Distribution and causation of leprosy in British India
Year: 1875
Disease focus: Leprosy
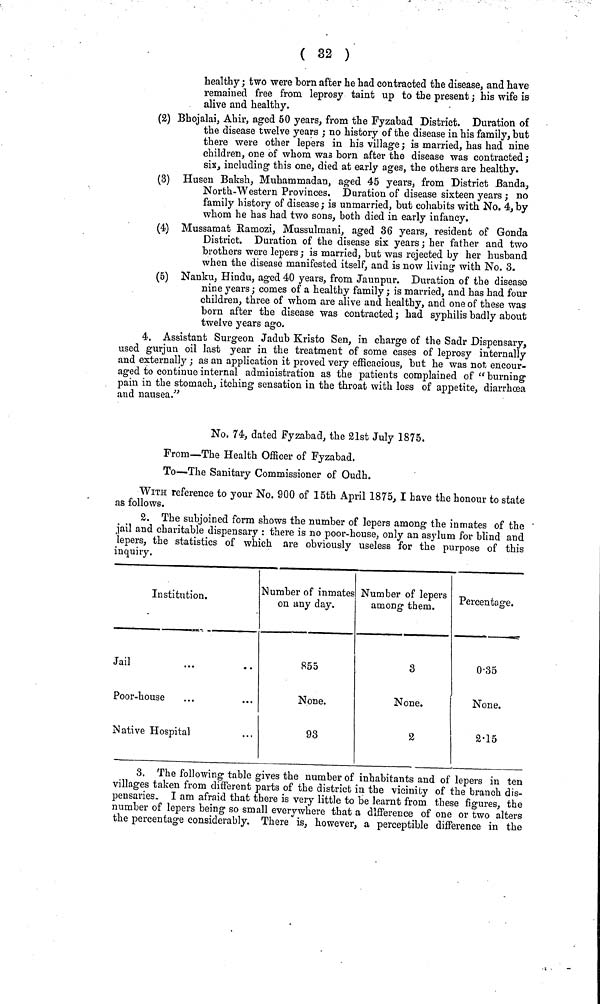
( 32 )
healthy ; two were born after he had contracted the disease, and have
remained free from leprosy taint up to the present ; his wife is
alive and healthy.
(2) Bhojalai, Ahir, aged 50 years, from the Fyzabad. District. Duration of
the disease twelve years ; no history of the disease in his family, but
there were other lepers in his village ; is married, has had nine
children, one of whom was born after the disease was contracted ;
six, including this one, died at early ages, the others are healthy.
(3) Husen Baksh, Muhammadan, aged 45 years, from District Banda,
North-Western Provinces. Duration of disease sixteen years ; no
family history of disease ; is unmarried, but cohabits with No. 4,by
whom he has had two sons, both died in early infancy,
(4) Mussamat Ramozi, Mussulmani, aged 36 years, resident of Gonda
District. Duration of the disease six years ; her father and two
brothers were lepers ; is married, but was rejected by her husband
when the disease manifested itself, and is now living with No. 3.
(5) Nanku, Hindu, aged 40 years, from Jaunpur. Duration of the disease
nine years ; comes of a healthy family ; is married, and has had four
children, three of whom are alive and healthy, and one of these was
born after the disease was contracted ; had syphilis badly about
twelve years ago.
4. Assistant Surgeon Jadub Kristo Sen, in charge of the Sadr Dispensary,
used gurjun oil last year in the treatment of some cases of leprosy internally
and externally ; as an application it proved very efficacious, but he was not encour-
aged to continue internal administration as the patients complained of " burning
pain in the stomach, itching sensation in the throat with loss of appetite, diarrhœa
and nausea."
No. 74, dated Fyzabad, the 21st July 1875.
From—The Health Officer of Fyzabad.
To—The Sanitary Commissioner of Oudh.
WITH reference to your No. 900 of 15th April 1875, I have the honour to state
as follows.
2. The subjoined form shows the number of lepers among the inmates of the
jail and charitable dispensary : there is no poor-house, only an asylum for blind and
lepers, the statistics of which are obviously useless for the purpose of this
inquiry.
Institution.
Jail
Poor-house
Native Hospital
Number of inmates
on any day.
855
None.
93
Number of lepers
among them.
3
None.
2
Percentage.
0·35
None.
2·15
3. The following table gives the number of inhabitants and of lepers in ten
villages taken from different parts of the district in the vicinity of the branch dis-
pensaries. I am afraid that there is very little to be learnt from these figures, the
number of lepers being so small everywhere that a difference of one or two alters
the percentage considerably. There is, however, a perceptible difference in the